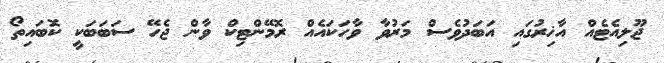
ޖޫލިއެޓެއް އާޚިރުގައި އަބަދުވެސް މަރުވާ ވާހަކައެއް ރޮމޭންޓިކް ވާން ޖެހޭ ސަބަބަކީ ކޮބައިތޯ